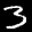
Label: 3